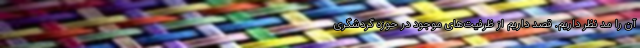
آن را مد نظر داریم. قصد داریم از ظرفیت‌های موجود در حوزه گردشگری